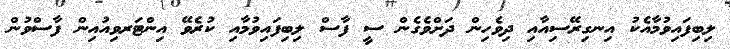
ލިބިފައިވުމާއެކު އިނގިރޭސިއާއި ދިވެހިން ދަށްވެގެން ސީ ފާސް ލިބިފައިވުމާއި ކުރެވޭ އިންޓަރވިއުއިން ފާސްވުން